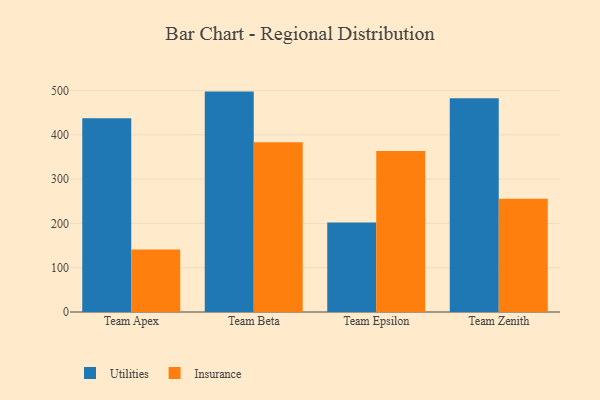
{"axis": {"x": "Team", "y": "LTV (USD)"}, "legend": ["Insurance", "Utilities"], "data": [{"x": "Team Apex", "y": 437.3, "type": "Utilities"}, {"x": "Team Apex", "y": 141.1, "type": "Insurance"}, {"x": "Team Beta", "y": 497.7, "type": "Utilities"}, {"x": "Team Beta", "y": 383.5, "type": "Insurance"}, {"x": "Team Epsilon", "y": 202.3, "type": "Utilities"}, {"x": "Team Epsilon", "y": 363.8, "type": "Insurance"}, {"x": "Team Zenith", "y": 482.8, "type": "Utilities"}, {"x": "Team Zenith", "y": 255.6, "type": "Insurance"}]}